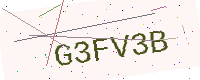
Text: G3FV3B